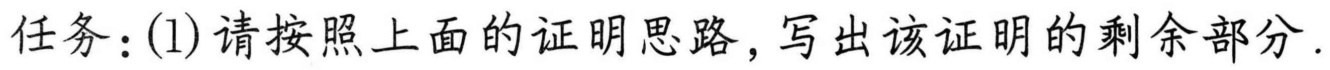
任务：(1)请按照上面的证明思路，写出该证明的剩余部分.